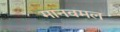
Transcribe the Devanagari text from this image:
मानवमल